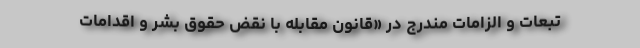
تبعات و الزامات مندرج در «قانون مقابله با نقض حقوق بشر و اقدامات